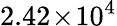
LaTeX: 2.42\! \times\! 10^{4}